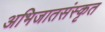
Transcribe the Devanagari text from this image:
अभिजातसंस्कृत